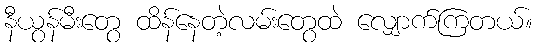
နီယွန်မီးတွေ ထိန်နေတဲ့လမ်းတွေထဲ လျှောက်ကြတယ်။